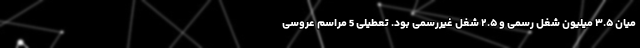
میان ۳.۵ میلیون شغل رسمی و ۲.۵ شغل غیررسمی بود. تعطیلی 5 مراسم عروسی